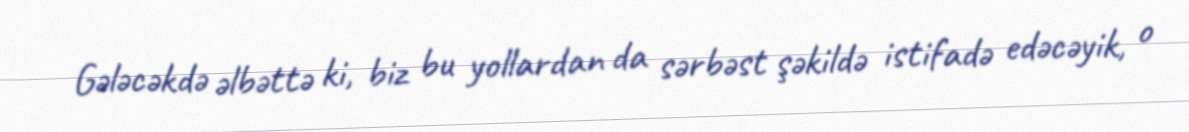
Gələcəkdə əlbəttə ki, biz bu yollardan da sərbəst şəkildə istifadə edəcəyik, o